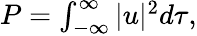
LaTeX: \begin{array}{r}{P=\int_{-\infty}^{\infty}|u|^{2}d\tau,}\end{array}